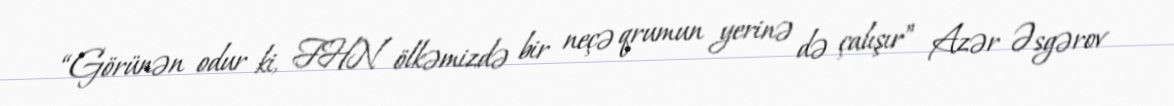
“Görünən odur ki, FHN ölkəmizdə bir neçə qrumun yerinə də çalışır” Azər Əsgərov